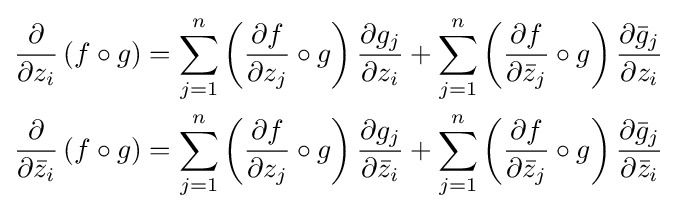
{\begin{aligned}{\frac {\partial }{\partial z_{i}}}\left(f\circ g\right)&=\sum _{j=1}^{n}\left({\frac {\partial f}{\partial z_{j}}}\circ g\right){\frac {\partial g_{j}}{\partial z_{i}}}+\sum _{j=1}^{n}\left({\frac {\partial f}{\partial {\bar {z}}_{j}}}\circ g\right){\frac {\partial {\bar {g}}_{j}}{\partial z_{i}}}\\{\frac {\partial }{\partial {\bar {z}}_{i}}}\left(f\circ g\right)&=\sum _{j=1}^{n}\left({\frac {\partial f}{\partial z_{j}}}\circ g\right){\frac {\partial g_{j}}{\partial {\bar {z}}_{i}}}+\sum _{j=1}^{n}\left({\frac {\partial f}{\partial {\bar {z}}_{j}}}\circ g\right){\frac {\partial {\bar {g}}_{j}}{\partial {\bar {z}}_{i}}}\end{aligned}}